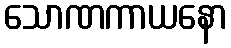
သောဏကာယနော